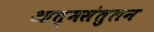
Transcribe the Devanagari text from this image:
आत्मसंतुलन